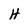
Character: H